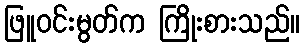
ဖြူဝင်းမွတ်က ကြိုးစားသည်။